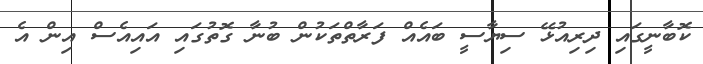
ކޮބާނީގައި ދިރިއުޅޭ ސިޔާސީ ބައެއް ފަރާތްތަކުން ބުނާ ގޮތުގައި އައިއެސް އިން އެ